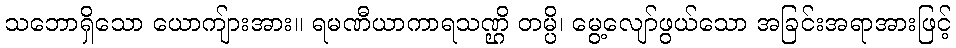
သဘောရှိသော ယောကျ်ားအား။ ရမဏီယာကာရသဏ္ဌိ တမ္ပိ၊ မွေ့လျော်ဖွယ်သော အခြင်းအရာအားဖြင့်